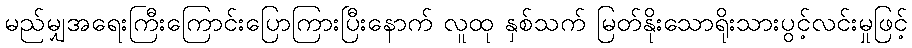
မည်မျှအရေးကြီးကြောင်းပြောကြားပြီးနောက် လူထု နှစ်သက် မြတ်နိုးသောရိုးသားပွင့်လင်းမှုဖြင့်